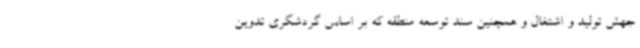
جهش تولید و اشتغال و همچنین سند توسعه منطقه که بر اساس گردشگری تدوین